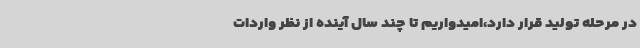
در مرحله تولید قرار دارد،امیدواریم تا چند سال آینده از نظر واردات